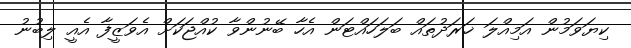
ކިޔަވަމުން އަމިއްލަ ޚަރަދުތައް ބަލަހައްޓަން އެހާ ބޭނުންވާ ކުއްޖަކަށް އެވަޒީފާ އެއީ ލިބުނު